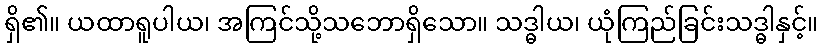
ရှိ၏။ ယထာရူပါယ၊ အကြင်သို့သဘောရှိသော။ သဒ္ဓါယ၊ ယုံကြည်ခြင်းသဒ္ဓါနှင့်။